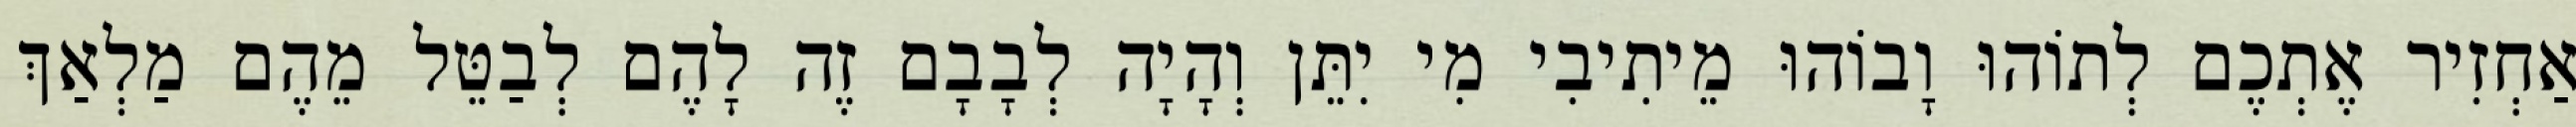
אַחְזִיר אֶתְכֶם לְתוֹהוּ וָבוֹהוּ מֵיתִיבִי מִי יִתֵּן וְהָיָה לְבָבָם זֶה לָהֶם לְבַטֵּל מֵהֶם מַלְאַךְ